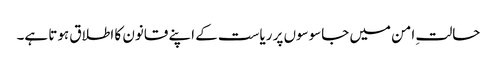
حالتِ امن میں جاسوسوں پر ریاست کے اپنے قانون کا اطلاق ہوتا ہے۔